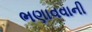
ભણાવવાની